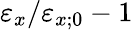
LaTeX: \varepsilon_{x}/\varepsilon_{x;0}-1